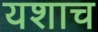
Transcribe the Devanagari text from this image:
यशाच